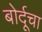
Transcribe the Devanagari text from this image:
बोर्दूचा